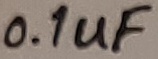
Text: 0.1uF